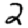
Digit: 2